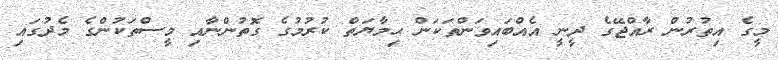
މީގެ އިތުރުން ރާއްޖޭގެ ދީނީ އެއްބައިވަންތަކަން ޙިމާޔަތް ކުރުމުގެ ގޮތުންނާއި މީސްތަކުންގެ މެދުގައި